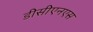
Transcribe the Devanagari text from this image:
डीसीएनएस